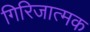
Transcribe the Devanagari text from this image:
गिरिजात्मक